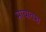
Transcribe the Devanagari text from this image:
मायावश